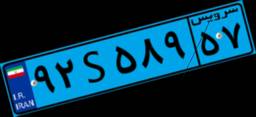
۷۳S۷۲۳۱۶